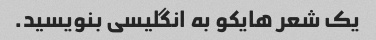
یک شعر هایکو به انگلیسی بنویسید.